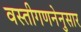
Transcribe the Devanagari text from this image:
वस्तीगणनेनुसार